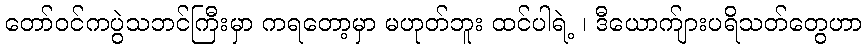
တော်ဝင်ကပွဲသဘင်ကြီးမှာ ကရတော့မှာ မဟုတ်ဘူး ထင်ပါရဲ့ ၊ ဒီယောက်ျားပရိသတ်တွေဟာ